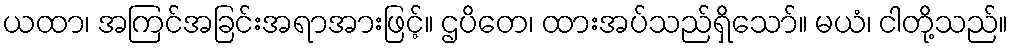
ယထာ၊ အကြင်အခြင်းအရာအားဖြင့်။ ဌပိတေ၊ ထားအပ်သည်ရှိသော်။ မယံ၊ ငါတို့သည်။